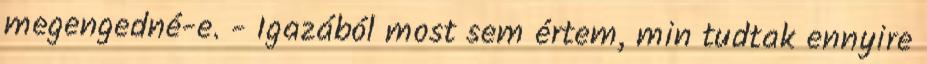
megengedné-e. - Igazából most sem értem, min tudtak ennyire